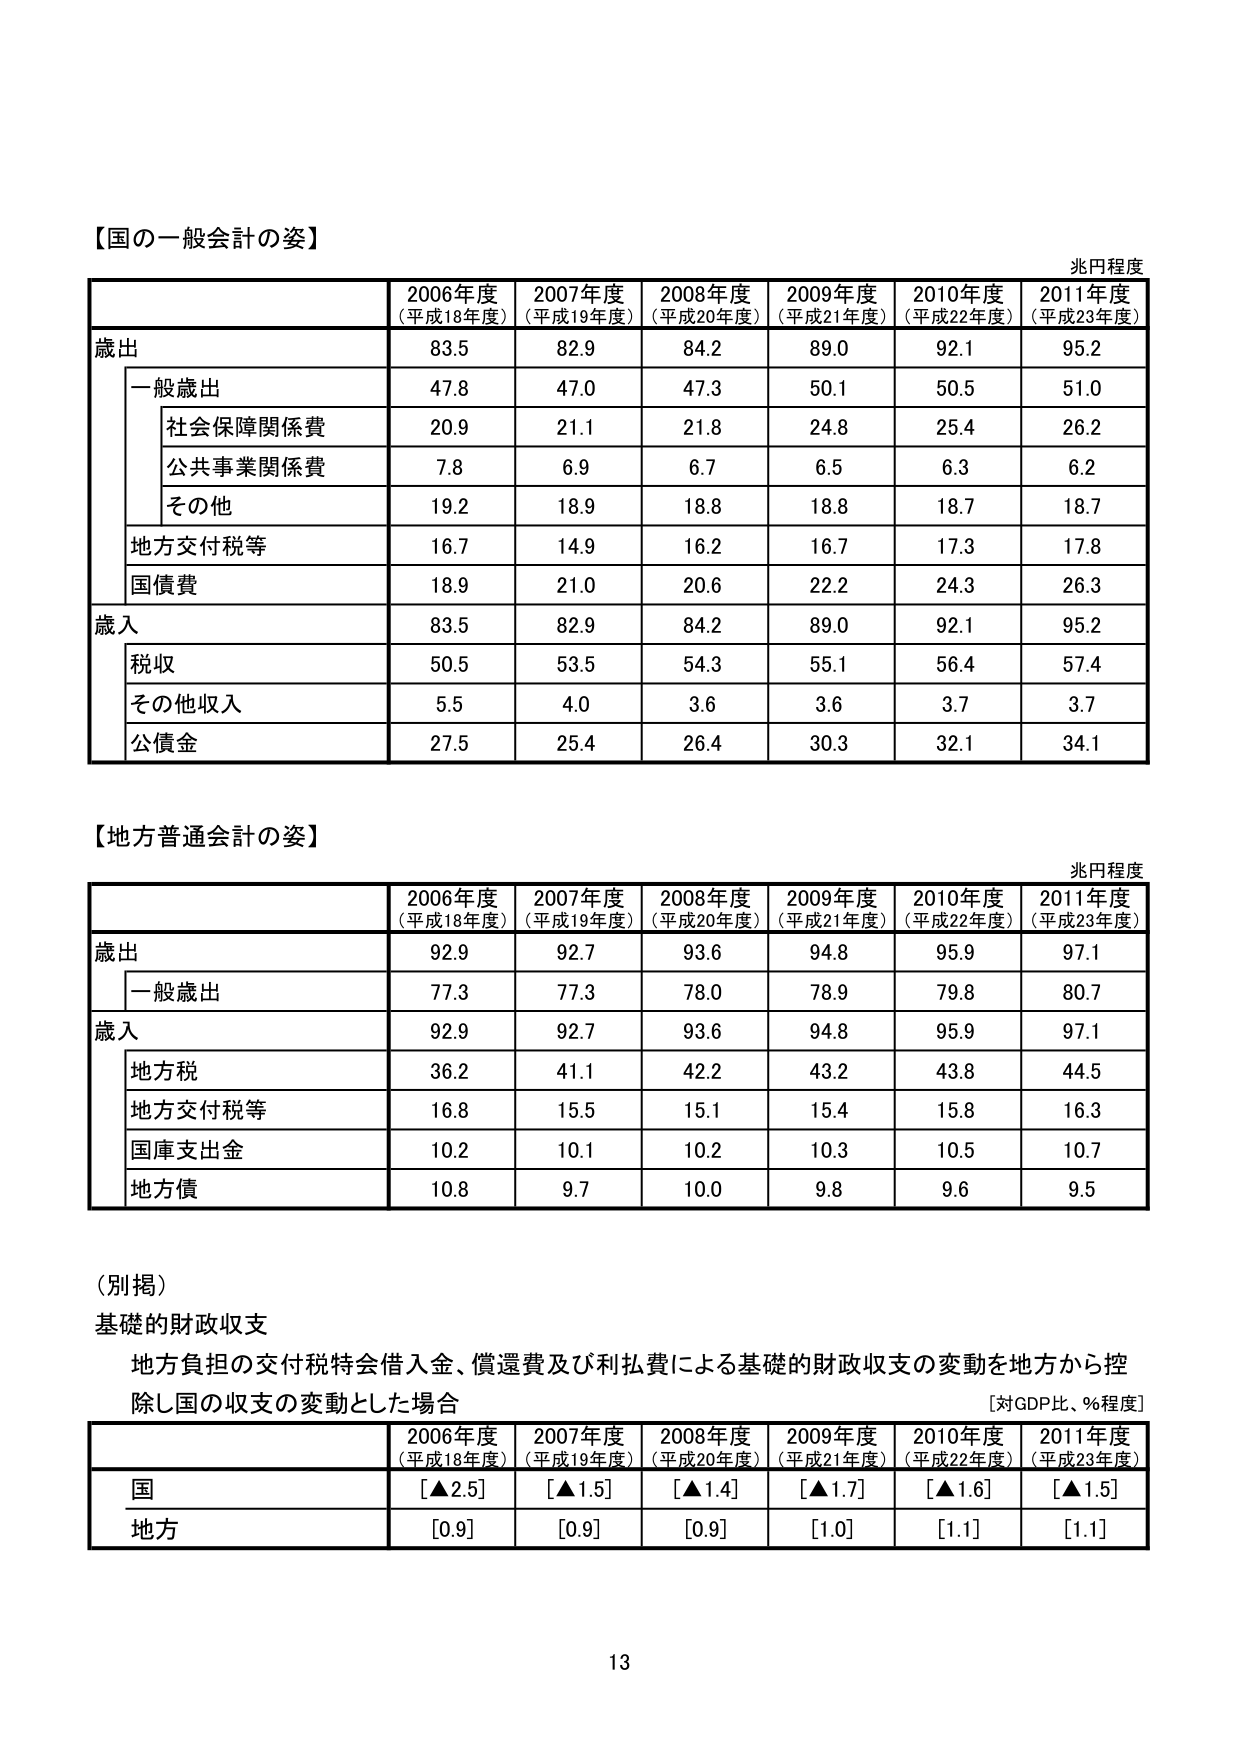
【国の一 般会計の姿】
兆円程度
2006年度
(平成18年度)
2007年度
(平成19年度)
2008年度
(平成20年度)
2009年度
(平成21年度)
2010年度
(平成22年度)
2011年度
(平成23年度)
歳出
83.5
82.9
84.2
89.0
92.1
95.2
一般歳出
47.8
47.0
47.3
50.1
50.5
51.0
社会保障関係費
20.9
21.1
21.8
24.8
25.4
26.2
公共事業関係費
7.8
6.9
6.7
6.5
6.3
6.2
その他
19.2
18.9
18.8
18.8
18.7
18.7
地方交付税等
16.7
14.9
16.2
16.7
17.3
17.8
国債費
18.9
21.0
20.6
22.2
24.3
26.3
歳入
83.5
82.9
84.2
89.0
92.1
95.2
税収
50.5
53.5
54.3
55.1
56.4
57.4
その他収入
5.5
4.0
3.6
3.6
3.7
3.7
公債金
27.5
25.4
26.4
30.3
32.1
34.1
【地方普通会計の姿】
兆円程度
2006年度
(平成18年度)
2007年度
(平成19年度)
2008年度
(平成20年度)
2009年度
(平成21年度)
2010年度
(平成22年度)
2011年度
(平成23年度)
歳出
92.9
92.7
93.6
94.8
95.9
97.1
一般歳出
77.3
77.3
78.0
78.9
79.8
80.7
歳入
92.9
92.7
93.6
94.8
95.9
97.1
地方税
36.2
41.1
42.2
43.2
43.8
44.5
地方交付税等
16.8
15.5
15.1
15.4
15.8
16.3
国庫支出金
10.2
10.1
10.2
10.3
10.5
10.7
地方債
10.8
9.7
10.0
9.8
9.6
9.5
(別掲)
基礎的財政収支
地方負担の交付税特会借入金、償還費及び利払費による基礎的財政収支の変動を地方から控
除し国の収支の変動とした場合
[対GDP比、%程度]
2006年度
(平成18年度)
2007年度
(平成19年度)
2008年度
(平成20年度)
2009年度
(平成21年度)
2010年度
(平成22年度)
2011年度
(平成23年度)
国
[▲2.5]
[▲1.5]
[▲1.4]
[▲1.7]
[▲1.6]
[▲1.5]
地方
[0.9]
[0.9]
[0.9]
[1.0]
[1.1]
[1.1]
13